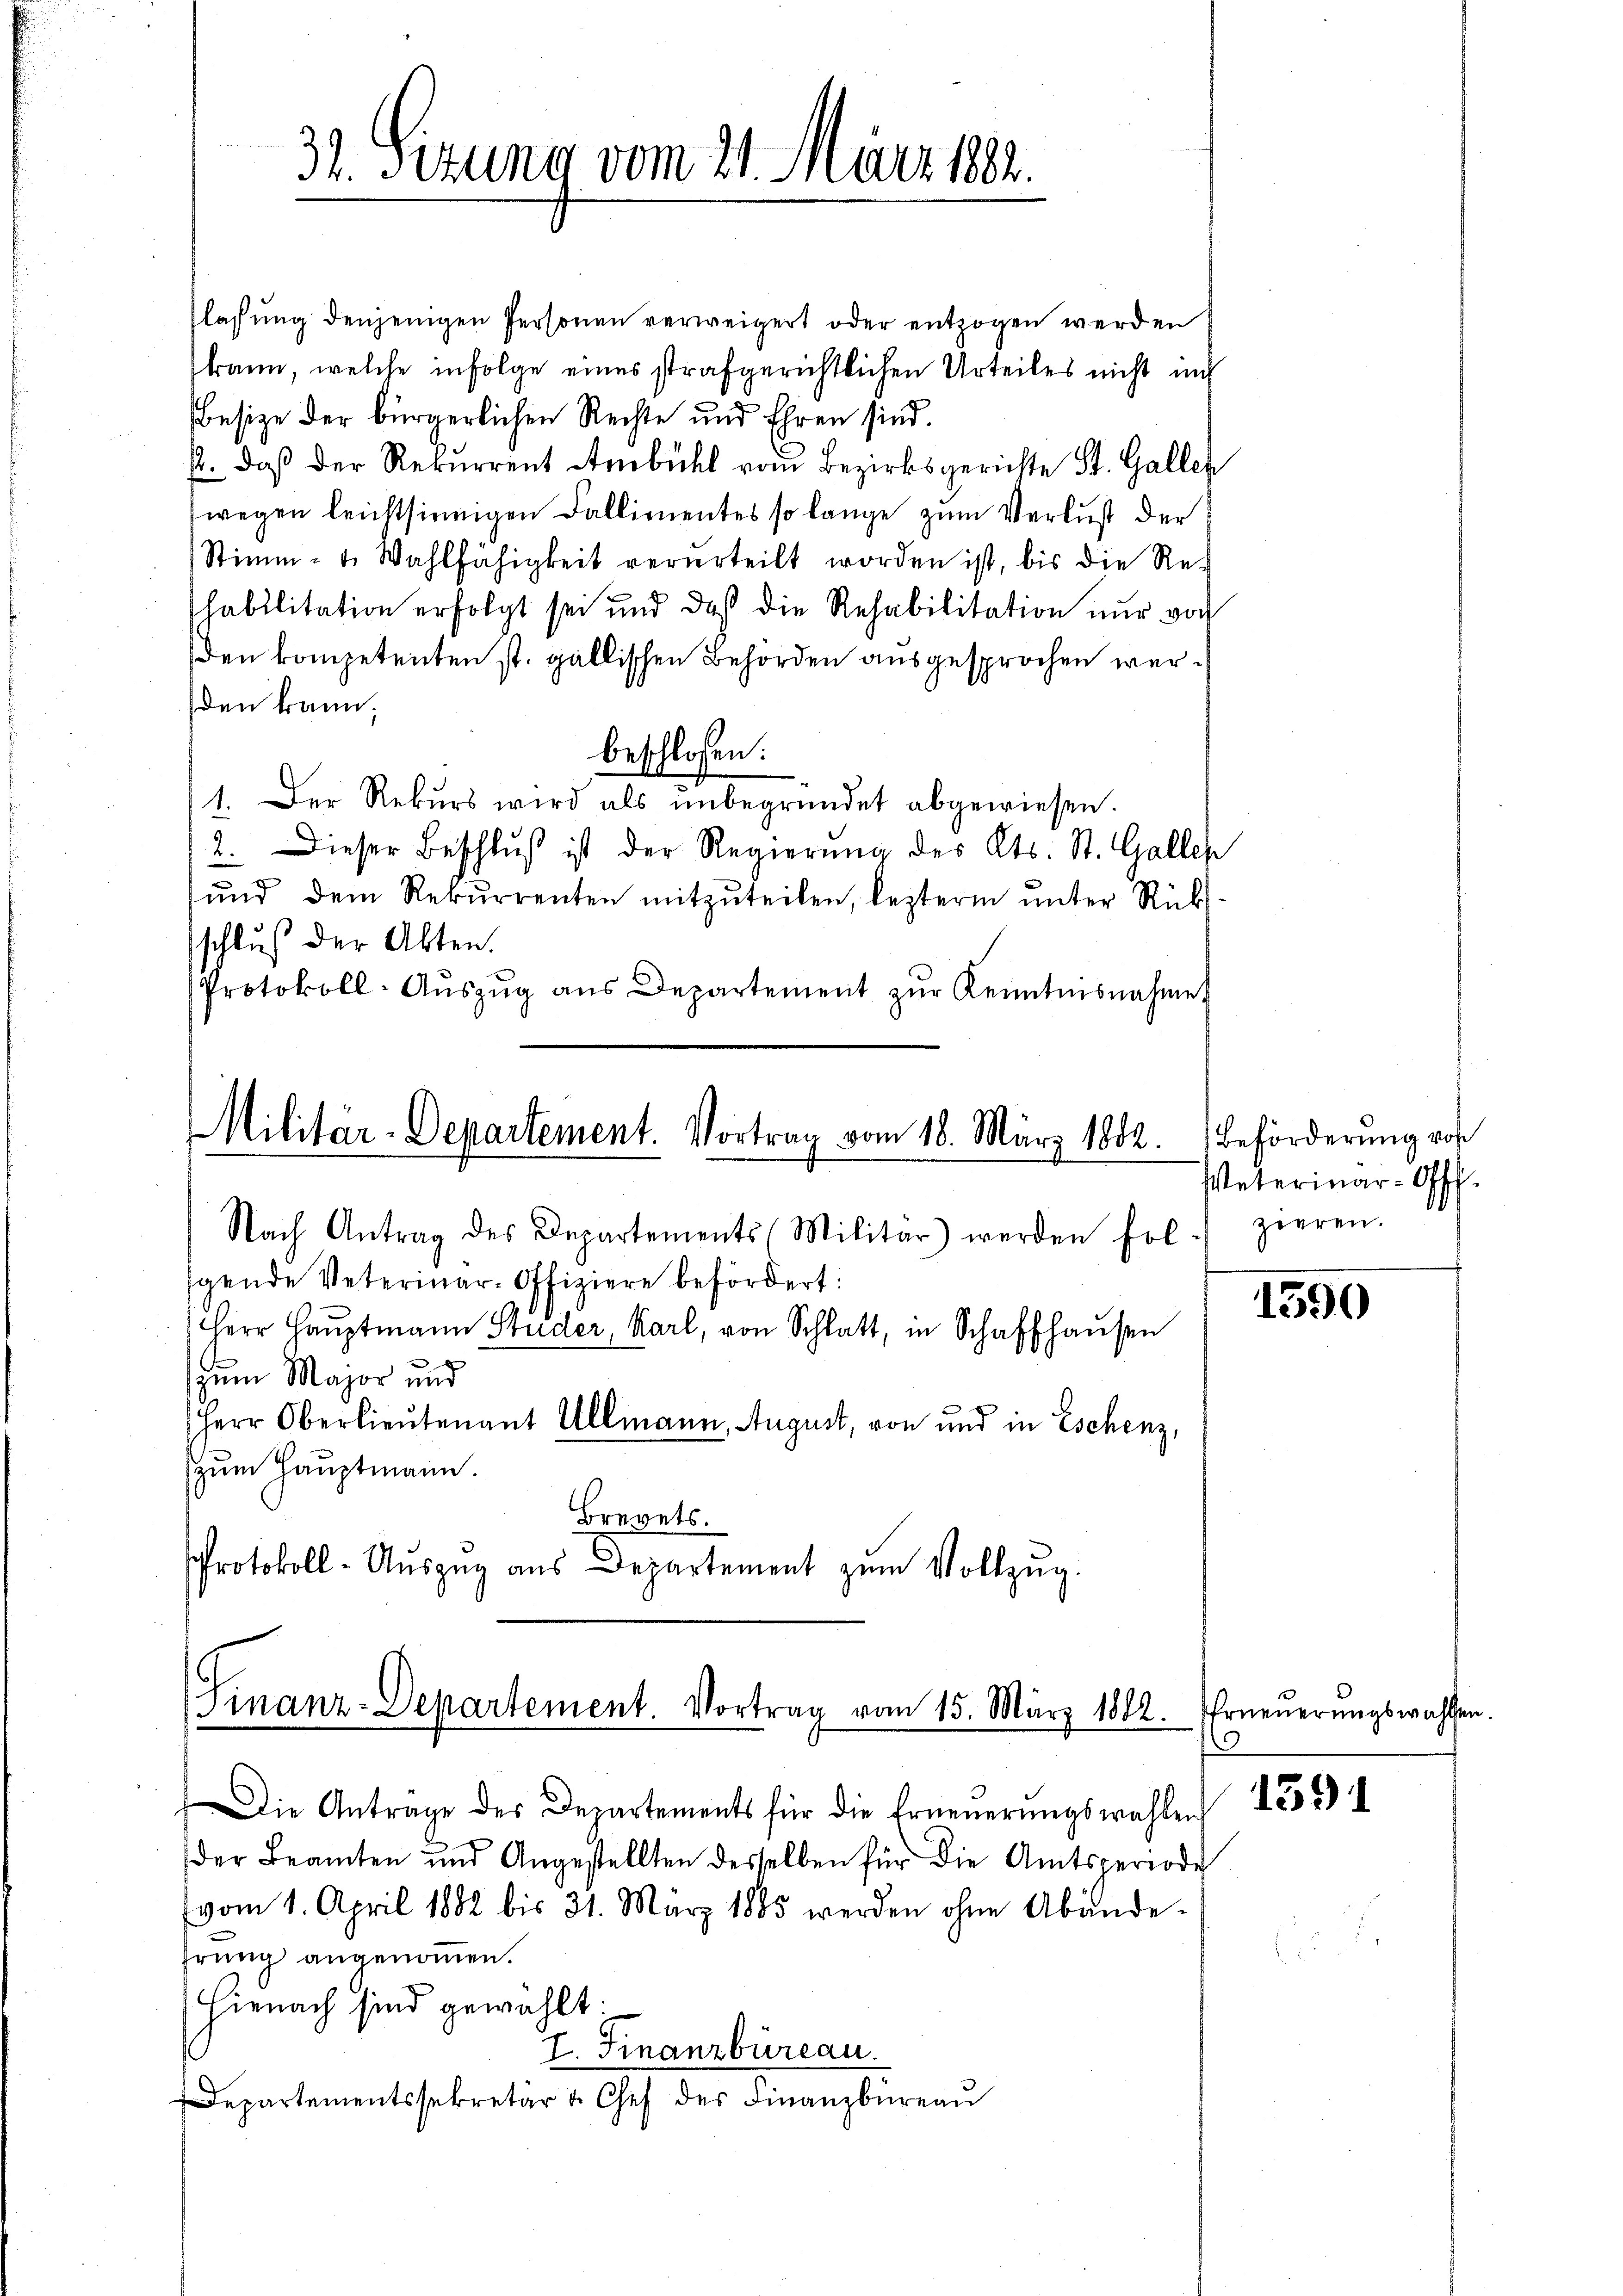
31. Sizung vom 21. März 1882.

flassung denjenigen Personen verweigert oder entzogen werden
(kann, welche infolge eines strafgerichtlichen Urteiles nicht in
besize der bürgerlichen Rechte und Ehren sind.
2. daß der Rekurrent Ambühl vom Bezirksgerichte St. Galler
wegen leichtsinnigen Fallimentes so lange zum Verlust der
Stimm- u. Wahlfähigkeit verurteilt worden ist, bis die Re-
habilitation erfolgt sei und das die Rehabilitation nur von
den kompetenten ist. gallischen Behörden ausgesprochen werden kann,
beschlossen:
1. Der Rekurs wird als ŭnbegründet abgewiesen.
2. Dieser Beschlŭβ ist der Regierŭng des Kts. St. Gallen
ŭnd dem Rekŭrrenten mitzŭteilen, lezterm ŭnter Rücks
schluß der Akten.
Protokoll-Aŭszŭg aŭs Departement zŭr Kenntnisnahme

Militar-Departement. Vortrag vom 18. März 1882.
Nach Antrag des Departements Militär werden fol-
gende Veterinar-Offiziere befördert:

.
zum Major und
Herr Oberlieutenant Ullmann, August, von und in Eschenz,
zum Hauptmann.
Brevets.
Protokoll-Aŭszŭg aŭs Departement zŭm Vollzŭg.

Herr Hauptmann Studer, Karl, von Schlatt, in Schaffhausen

manz-Departement. Vortrag vom 15. März 1882.

Beförderung von
Veterinar-Offf.
zieren.

Die Antrage des Departements für die Erneuerungswahlen
der Beamten und Angestellten desselben für die Amtsperiode
(vom 1. April 1882 bis 31. März 1885 werden ohne Abände-
prung angenommen.
Hienach sind gewählt:
I. Finanzbüreau.
Departementssekretär v. Chef des Finanzbüreau

Erneuerungswahlen

1590

1391